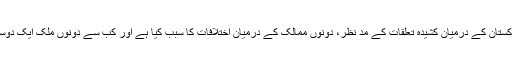
الوقت – ہندوستان اور پاکستان کے درمیان کشیدہ تعلقات کے مد نظر، دونوں ممالک کے درمیان اختلافات کا سبب کیا ہے اور کب سے دونوں ملک ایک دوسرے کے مد مقابل ہیں ؟